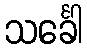
သင်္ခေါ